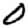
Digit: 0